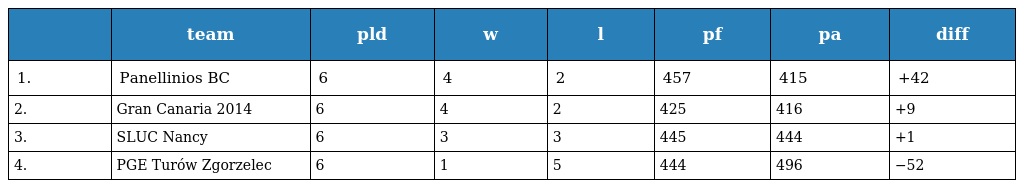
|  | team | pld | w | l | pf | pa | diff |
 | --- | --- | --- | --- | --- | --- | --- | --- |
 | 1. | Panellinios BC | 6 | 4 | 2 | 457 | 415 | +42 |
 | 2. | Gran Canaria 2014 | 6 | 4 | 2 | 425 | 416 | +9 |
 | 3. | SLUC Nancy | 6 | 3 | 3 | 445 | 444 | +1 |
 | 4. | PGE Turów Zgorzelec | 6 | 1 | 5 | 444 | 496 | −52 |